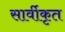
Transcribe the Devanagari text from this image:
सार्वीकृत